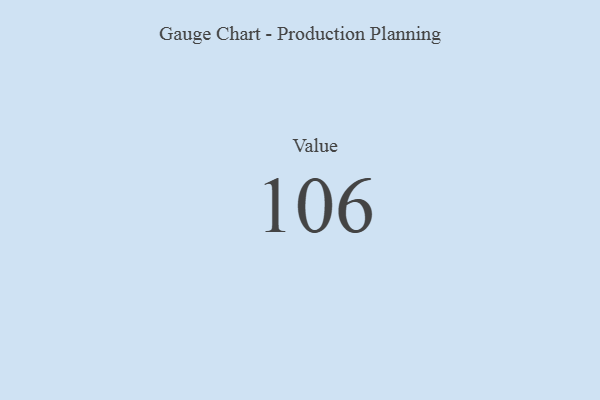
{"axis": {"x": "Metric", "y": "Value"}, "legend": [""], "data": [{"x": "Value", "y": 106, "type": ""}]}